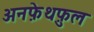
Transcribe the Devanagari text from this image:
अनफ़ेथफ़ुल